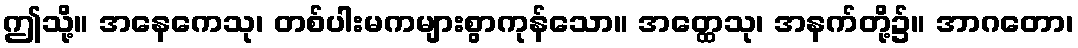
ဤသို့။ အနေကေသု၊ တစ်ပါးမကများစွာကုန်သော။ အတ္ထေသု၊ အနက်တို့၌။ အာဂတော၊